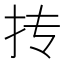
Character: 抟